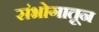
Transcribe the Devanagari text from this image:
संभोगातून